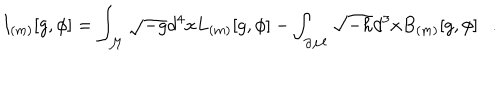
I _ { ( m ) } [ g , \phi ] = \int _ { \cal M } \sqrt { - g } d ^ { 4 } x L _ { ( m ) } [ g , \phi ] - \int _ { \partial { \cal M } } \sqrt { - h } d ^ { 3 } x B _ { ( m ) } [ g , \phi ] .